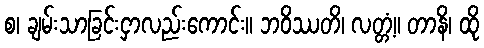
စ၊ ချမ်းသာခြင်းငှာလည်းကောင်း။ ဘဝိဿတိ၊ လတ္တံ့။ တာနိ၊ ထို